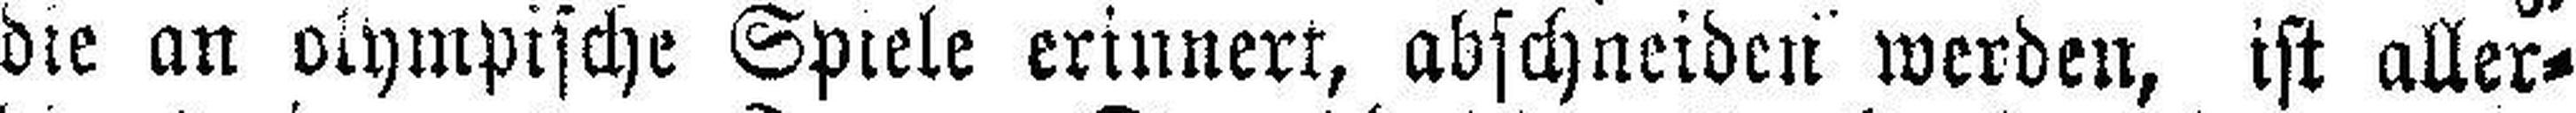
die an olympische Spiele erinnert, abschneiden werden, ist aller¬